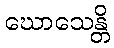
ဃောသေန္တိ